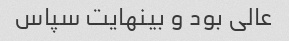
عالی بود و بینهایت سپاس